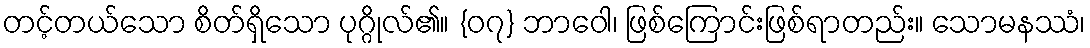
တင့်တယ်သော စိတ်ရှိသော ပုဂ္ဂိုလ်၏။ {၀၇} ဘာဝေါ၊ ဖြစ်ကြောင်းဖြစ်ရာတည်း။ သောမနဿံ၊